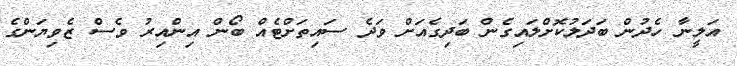
އަލީނާ ހެދުން ބަދަލުކޮށްލައިގެން ބަދިގެއަށް ވަދެ ސައިތަށްޓެއް ބޯން އިންއިރު ވެސް ޒެވިޔަންގެ